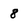
Character: 8